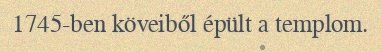
1745-ben köveiből épült a templom.